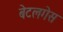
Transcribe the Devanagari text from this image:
बेटलगेस